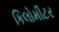
કિલોમીટર